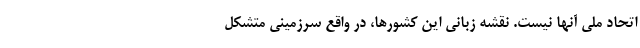
اتحاد ملی آنها نیست. نقشه زبانی این کشورها، در واقع سرزمینی متشکل